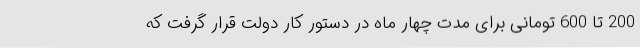
200 تا 600 تومانی برای مدت چهار ماه در دستور کار دولت قرار گرفت که